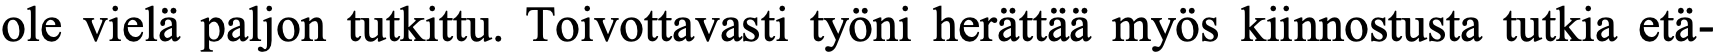
ole vielä paljon tutkittu. Toivottavasti työni herättää myös kiinnostusta tutkia etä-